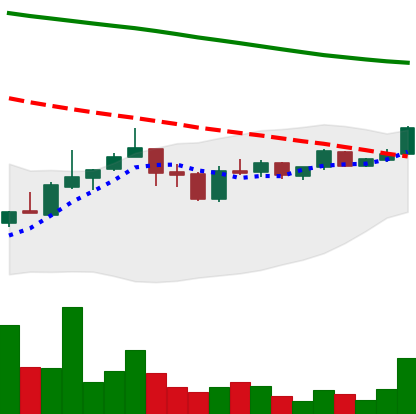
Ticker: ADA-USD
Chart end date: 2019-01-06
Forward return: -10.381%
Label: down_7plus